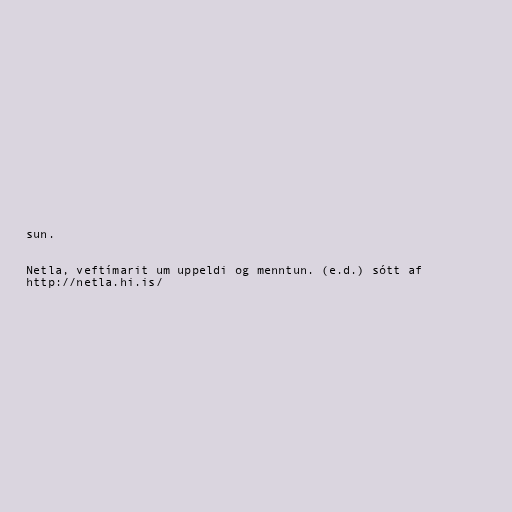
sun.

Netla, veftímarit um uppeldi og menntun. (e.d.) sótt af
http://netla.hi.is/